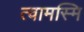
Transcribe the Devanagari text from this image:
त्वामस्मि